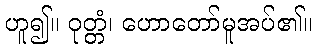
ဟူ၍။ ဝုတ္တံ၊ ဟောတော်မူအပ်၏။